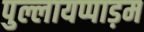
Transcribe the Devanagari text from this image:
पुल्लायप्पाड़म